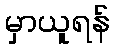
မှာယူရန်